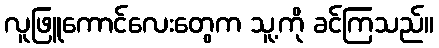
လူဖြူကောင်လေးတွေက သူ့ကို ခင်ကြသည်။